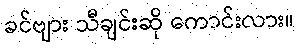
ခင်ဗျား သီချင်းဆို ကောင်းလား။